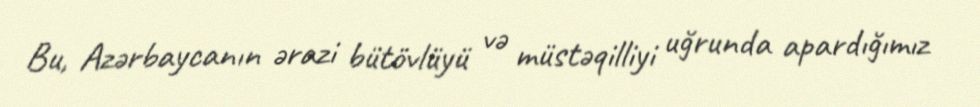
Bu, Azərbaycanın ərazi bütövlüyü və müstəqilliyi uğrunda apardığımız